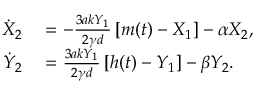
\begin{array} { r l } { \dot { X } _ { 2 } } & { { } = - \frac { 3 a k Y _ { 1 } } { 2 \gamma d } \left[ m ( t ) - X _ { 1 } \right] - \alpha X _ { 2 } , } \\ { \dot { Y } _ { 2 } } & { { } = \frac { 3 a k Y _ { 1 } } { 2 \gamma d } \left[ h ( t ) - Y _ { 1 } \right] - \beta Y _ { 2 } . } \end{array}